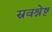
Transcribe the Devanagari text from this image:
स्रवश्रेष्ट